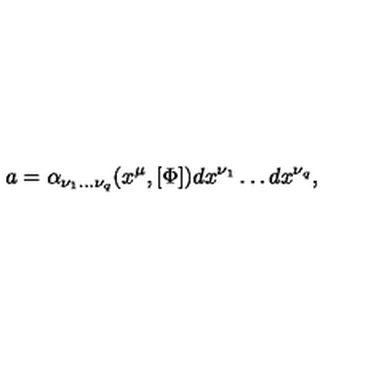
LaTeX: a = \alpha _ { \nu _ { 1 } \ldots \nu _ { q } } ( x ^ { \mu } , [ \Phi ] ) d x ^ { \nu _ { 1 } } \ldots d x ^ { \nu _ { q } } ,